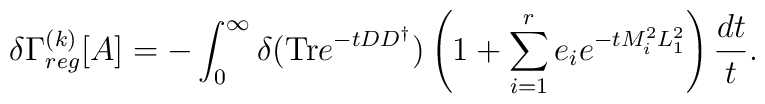
\delta \Gamma_{reg}^{( k )}[A]=-\int_0^{\infty}\delta({\rm Tr}e^{-tDD^{\dagger}})\left(1+\sum_{i=1}^{r}e_ie^{-tM_i^2L_1^2}\right)\frac{dt}{t}.